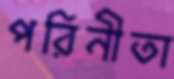
পরিনীতা